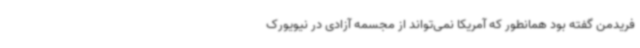
فریدمن گفته بود همانطور که آمریکا نمی‌تواند از مجسمه آزادی در نیویورک